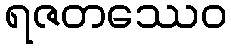
ရဇတဿေဝ